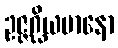
ဥဇ္ဇဂ္ဃိယမာနော